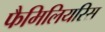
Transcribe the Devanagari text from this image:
फैमिलियरिस